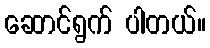
ဆောင်ရွက် ပါတယ်။